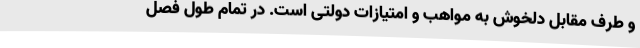
و طرف مقابل دلخوش به مواهب و امتیازات دولتی است. در تمام طول فصل